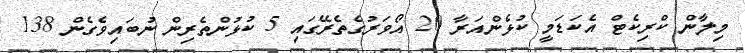
މިލާން ކްރިކެޓް އެކަޑަމީ ކުޅެންއަރާ 20 އޯވަރުގެތެރޭގައި 5 ކުޅުންތެރިން ނުބައިވެގެން 138